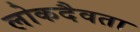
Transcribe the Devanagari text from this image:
लोकदैवता